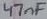
Text: 47nF